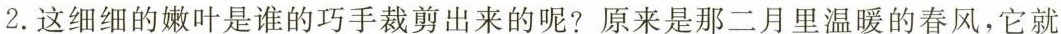
2.这细细的嫩叶是谁的巧手裁剪出来的呢?原来是那二月里温暖的春风，它就